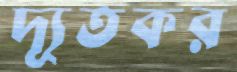
দ্যূতকর